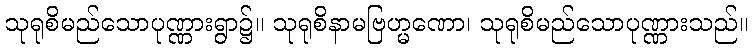
သုရုစိမည်သောပုဏ္ဏားရွာ၌။ သုရုစိနာမဗြဟ္မဏော၊ သုရုစိမည်သောပုဏ္ဏားသည်။